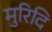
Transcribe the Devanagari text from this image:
मुरिदि